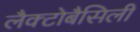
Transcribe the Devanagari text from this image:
लैक्टोबैसिली